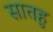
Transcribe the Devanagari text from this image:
सातहु